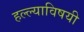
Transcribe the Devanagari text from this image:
हल्ल्याविषयी